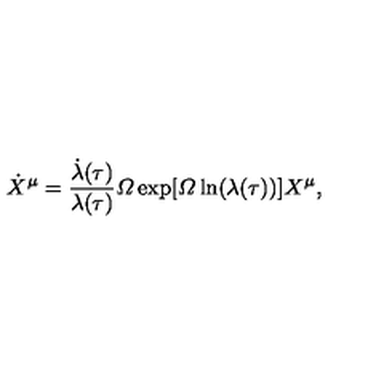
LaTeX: \dot { X } ^ { \mu } = \frac { \dot { \lambda } ( \tau ) } { \lambda ( \tau ) } { \mit \Omega } \exp [ { \mit \Omega } \ln ( \lambda ( \tau ) ) ] X ^ { \mu } ,